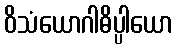
ဝိသံယောဂါဓိပ္ပါယော